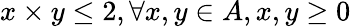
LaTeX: x\times y\leq 2,\forall x,y\in A,x,y\geq 0